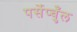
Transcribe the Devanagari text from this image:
पर्सेप्चुँल